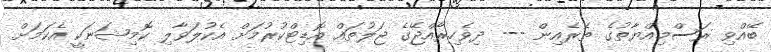
ބޭއްވި ރަސްމިއްޔާތުގެ ތެރެއިން --- ދިވެހިރާއްޖޭގެ ޖަލުތައް އޮޑިޓްކުރުމަށް އެކުލަވާލި ކޮމިޝަނަކީ އެކަމަށް